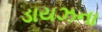
ડાયઝના